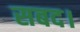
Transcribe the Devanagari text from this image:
सबद।